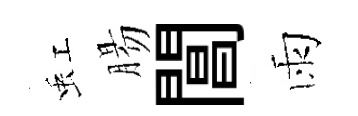
虹腸閶雨